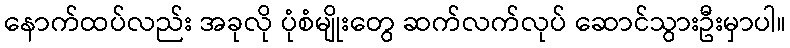
နောက်ထပ်လည်း အခုလို ပုံစံမျိုးတွေ ဆက်လက်လုပ် ဆောင်သွားဦးမှာပါ။